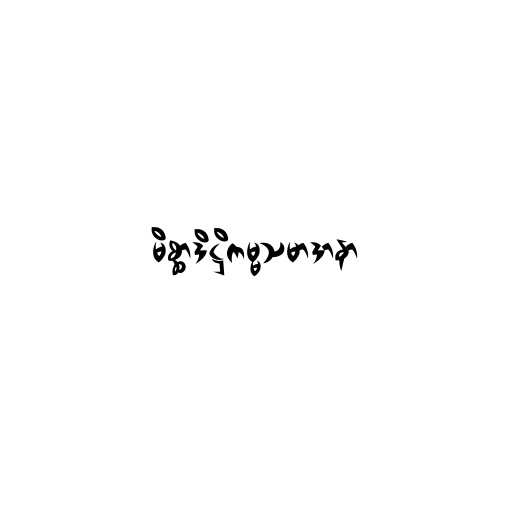
မိစ္ဆာဒိဋ္ဌိကမ္မသမာဒာနာ